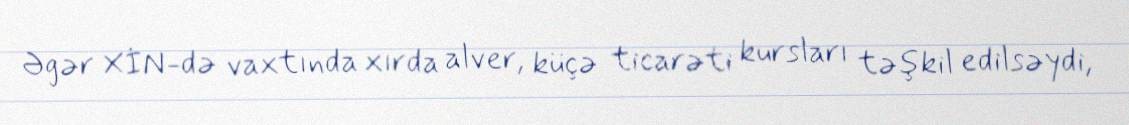
Əgər XİN-də vaxtında xırda alver, küçə ticarəti kursları təşkil edilsəydi,